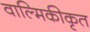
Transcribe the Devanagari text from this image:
वाल्मिकीकृत